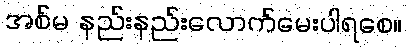
အစ်မ နည်းနည်းလောက်မေးပါရစေ။